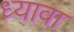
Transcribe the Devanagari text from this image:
ध्यावा